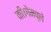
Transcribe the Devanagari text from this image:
की।गेमप्ले